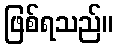
ဖြစ်ရသည်။